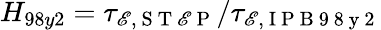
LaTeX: H_{98y2}=\tau_{\mathscr{E},\mathrm{{~S~T~\mathscr{E}~P~}}}/\tau_{\mathscr{E},\mathrm{{~I~P~B~9~8~y~2~}}}